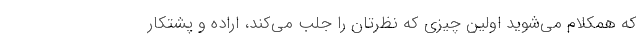
که همکلام می‌شوید اولین چیزی که نظرتان را جلب می‌کند، اراده و پشتکار